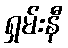
ရှမ်းနီ